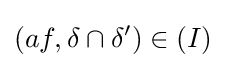
(af,\delta \cap \delta ')\in (I)